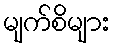
မျက်စိများ